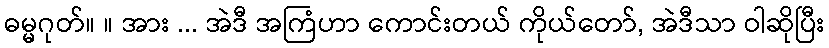
ဓမ္မဂုတ်။ ။ အား ... အဲဒီ အကြံဟာ ကောင်းတယ် ကိုယ်တော်, အဲဒီသာ ဝါဆိုပြီး